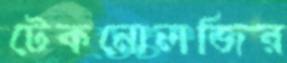
টেকনোলজির